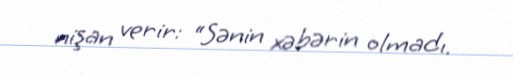
nişan verir: “Sənin xəbərin olmadı.